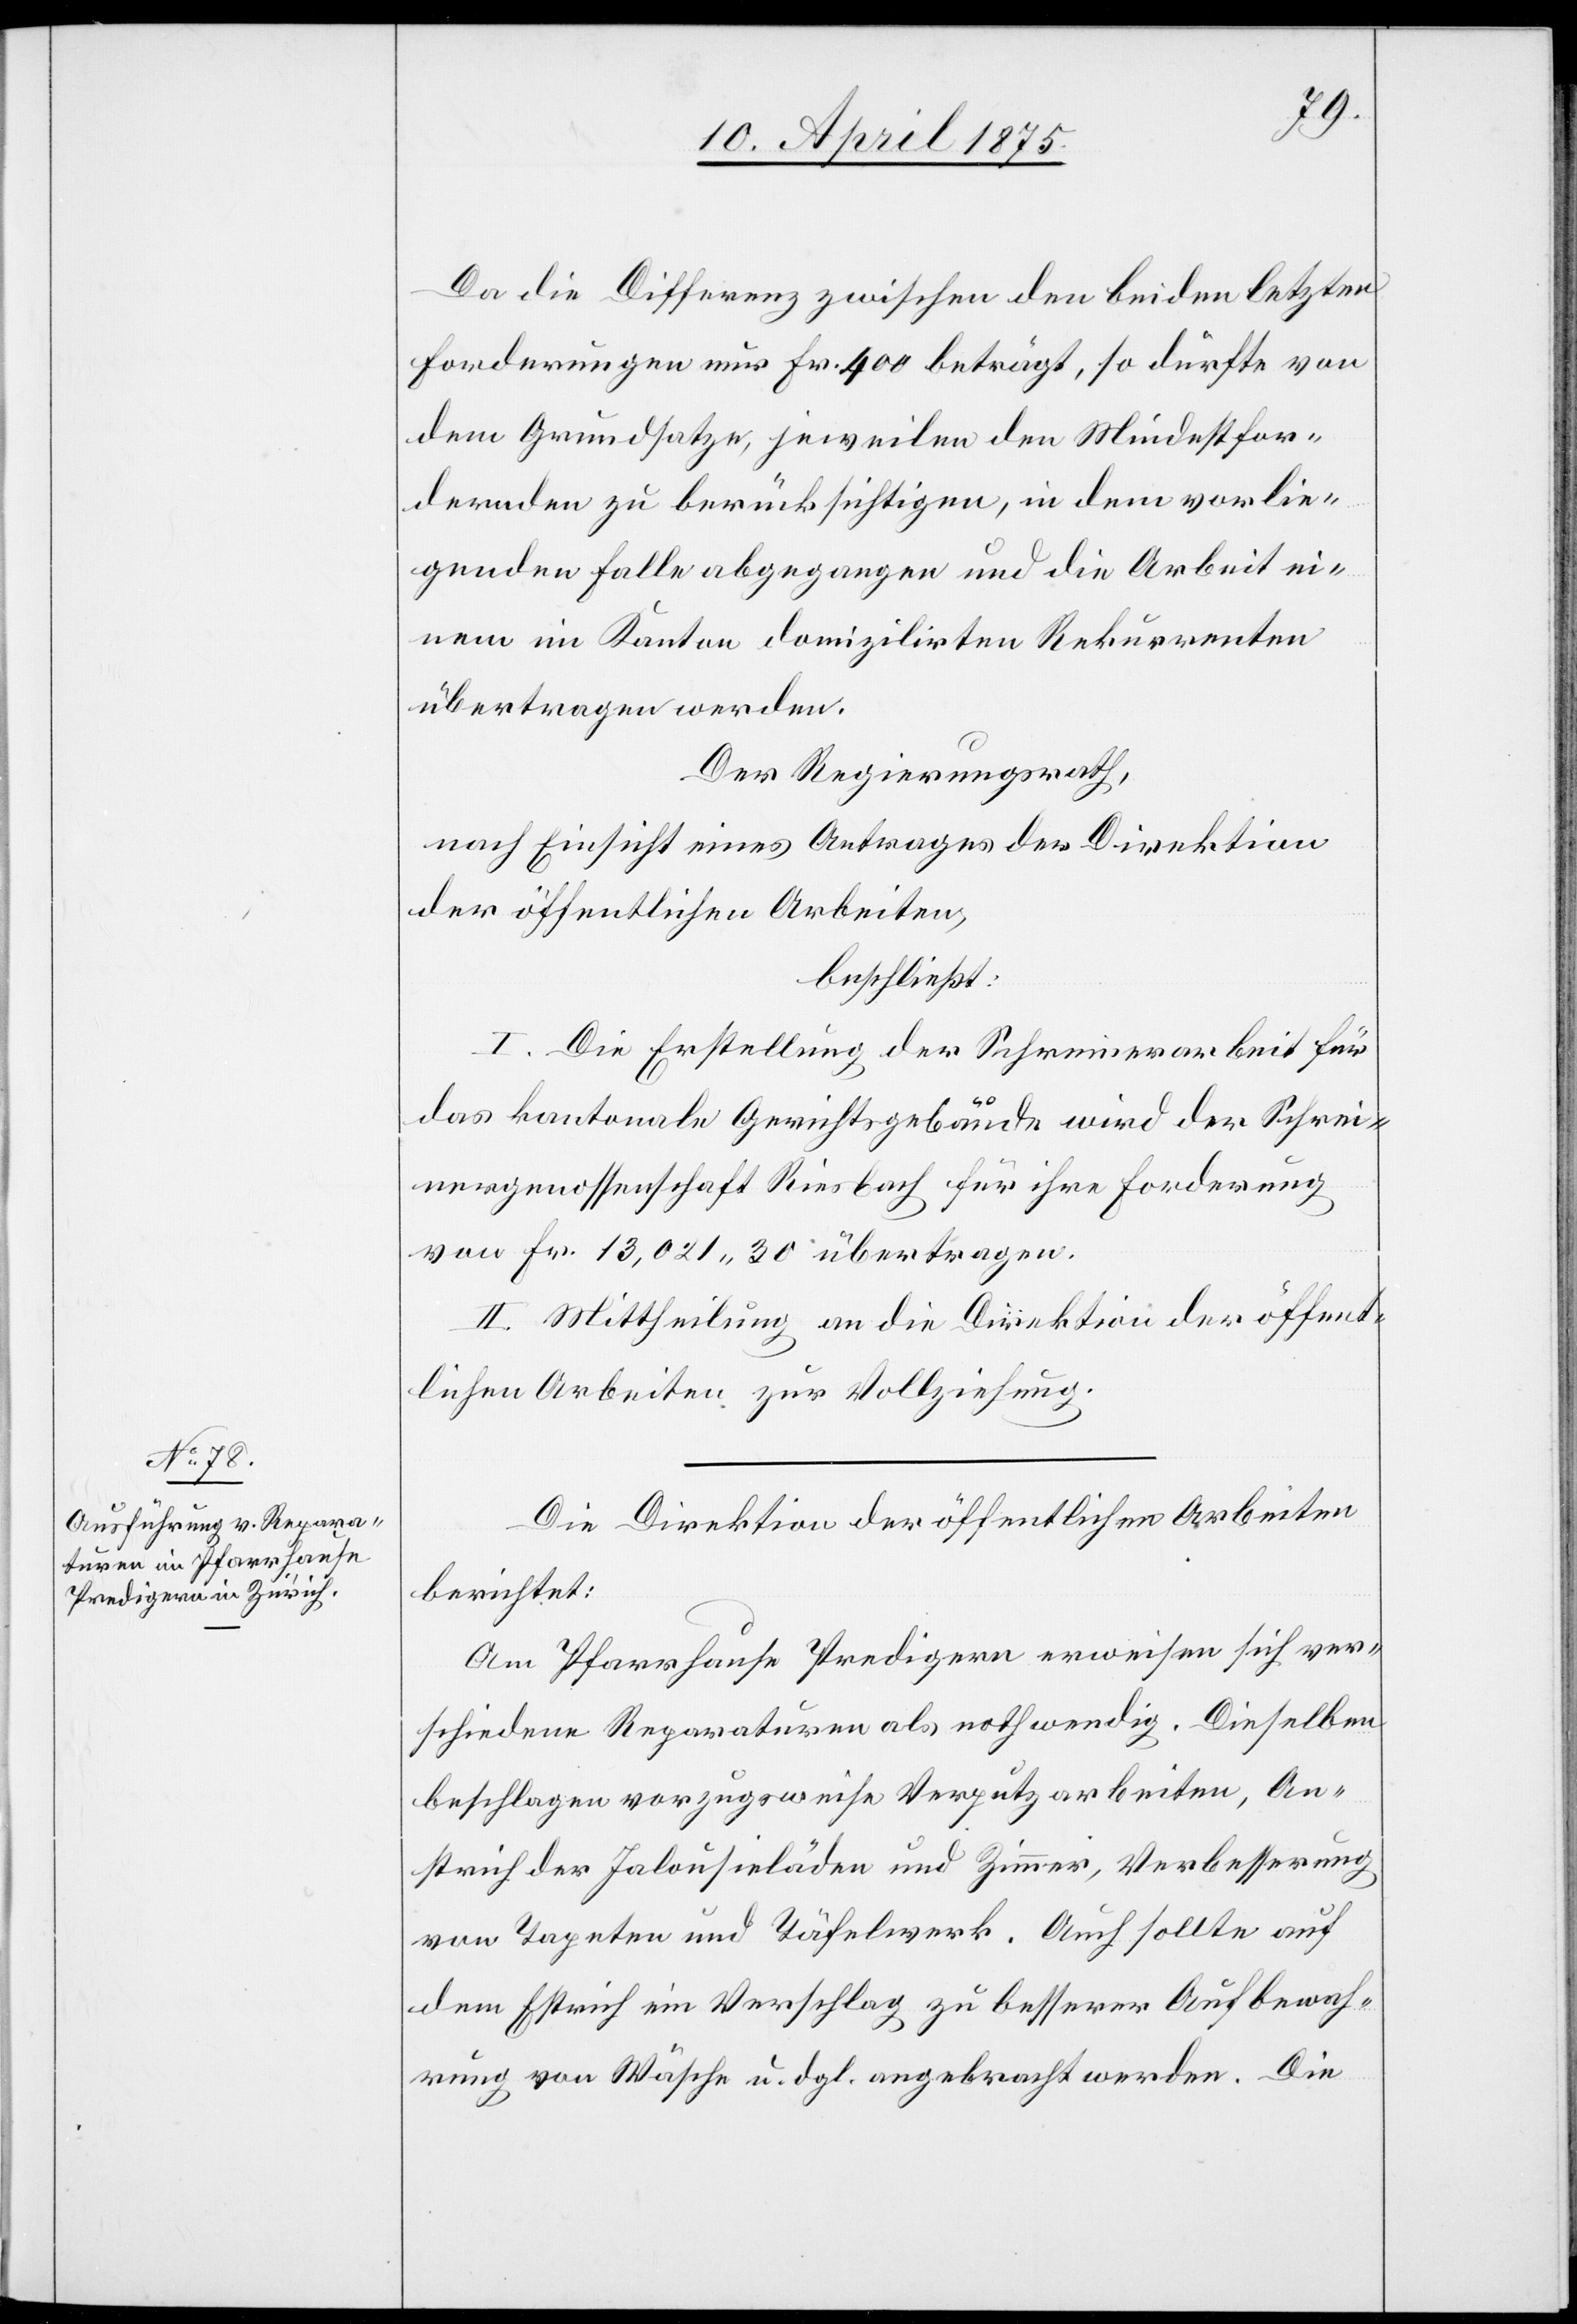
Da die Differenz zwischen den beiden letzten
Forderungen nur Fr. 400 beträgt, so dürfte von
dem Grundsatze her, jeweilen den Mindestfor¬
dernden zu berücksichtigen, in dem vorlie¬
genden Falle abgegangen und die Arbeit ei¬
nem im Kanton domilizirten Rekurrenten
übertragen werden.
Der Regierungsrath,
nach Einsicht eines Antrages der Direktion
der öffentlichen Arbeiten,
beschließt:
I. Die Erstellung der Schreinerarbeit für
das kantonale Gerichtsgebäude wird der Schrei¬
nergenossenschaft Riesbach für ihre Forderung
von Fr. 13,021 30 übertragen.
II. Mittheilung an die Direktion der öffent¬
lichen Arbeiten zur Vollziehung.
Die Direktion der öffentlichen Arbeiten
berichtet:
Am Pfarrhause Predigern erweisen sich ver¬
schiedene Reparaturen als nothwendig. Dieselben
beschlagen vorzugsweise Verputzarbeiten, An¬
strich der Jalousieläden und Zimmer, Verbesserung
vom Tapeten und Täfelwerk. Auch sollte auf
dem Estrich ein Verschlag zu besserer Aufbewah¬
rung von Wäsche u. dgl. angebracht werden. Die